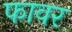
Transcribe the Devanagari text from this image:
फावर